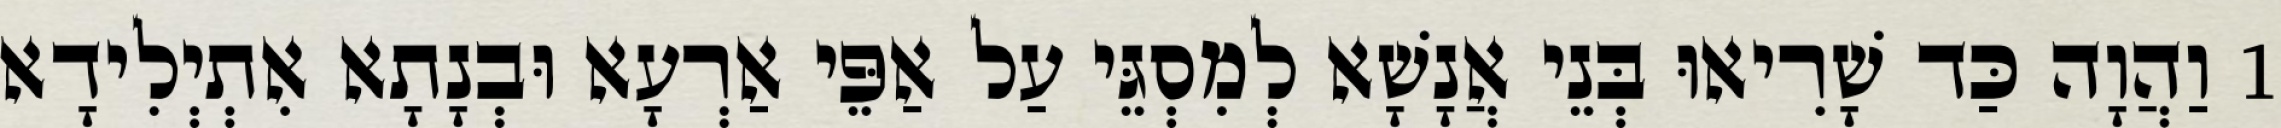
1 וַהֲוָה כַּד שָׁרִיאוּ בְּנֵי אֲנָשָׁא לְמִסְגֵּי עַל אַפֵּי אַרְעָא וּבְנָתָא אִתְיְלִידָא